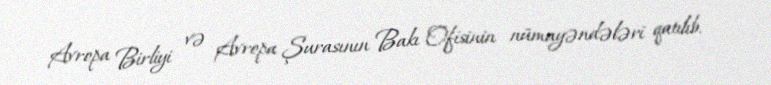
Avropa Birliyi və Avropa Şurasının Bakı Ofisinin nümayəndələri qatılıb.